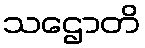
သဌောတိ